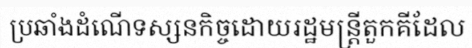
ប្រឆាំងដំណើទស្សនកិច្ចដោយរដ្ឋមន្ត្រីតួកគីដែល